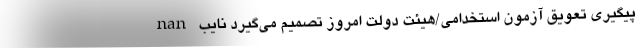
nan پیگیری تعویق آزمون استخدامی/هیئت دولت امروز تصمیم می‌گیرد نایب